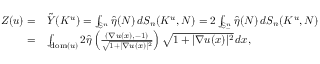
\begin{array} { r l } { Z ( u ) = } & { \tilde { Y } ( K ^ { u } ) = \int _ { \mathbb { S } ^ { n } } \hat { \eta } ( N ) \, d S _ { n } ( K ^ { u } , N ) = 2 \int _ { \mathbb { S } _ { - } ^ { n } } \hat { \eta } ( N ) \, d S _ { n } ( K ^ { u } , N ) } \\ { = } & { \int _ { \mathrm { d o m } ( u ) } 2 \hat { \eta } \left( \frac { ( \nabla u ( x ) , - 1 ) } { \sqrt { 1 + | \nabla u ( x ) | ^ { 2 } } } \right) \sqrt { 1 + | \nabla u ( x ) | ^ { 2 } } \, d x , } \end{array}